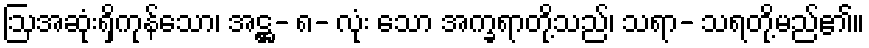
ဩအဆုံးရှိကုန်သော၊ အဋ္ဌ- ၈- လုံး သော အက္ခရာတို့သည်၊ သရာ- သရတို့မည်၏။